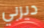
ديربي